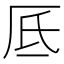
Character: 厎